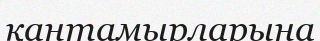
қантамырларына